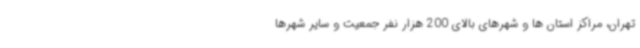
تهران، مراکز استان ها و شهرهای بالای 200 هزار نفر جمعیت و سایر شهرها